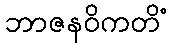
ဘာဇနဝိကတိံ